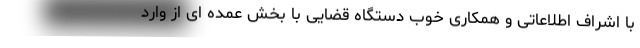
با اشراف اطلاعاتی و همکاری خوب دستگاه قضایی با بخش عمده ای از وارد